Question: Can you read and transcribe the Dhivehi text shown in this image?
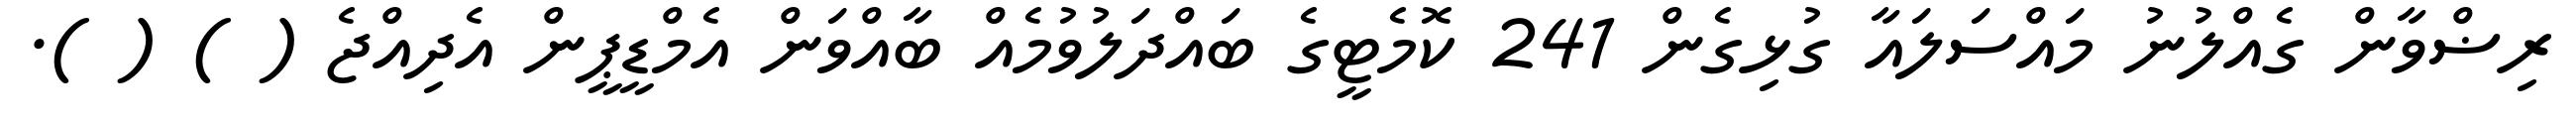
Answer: ރިޟްވާން ގެއްލުނު މައްސަލައާ ގުޅިގެން 241 ކޮމެޓީގެ ބައްދަލުވުމެއް ބާއްވަން އެމްޑީޕީން އެދިއްޖެ ( ) ( ).